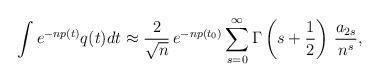
LaTeX: \begin{align*} \int e^{-np(t)} q(t) dt \approx \frac{2}{\sqrt{n}}\, e^{-np(t_0)} \sum_{s=0}^\infty \Gamma \left( s + \frac{1}{2}\right)\,\frac{a_{2s}}{n^s},\end{align*}